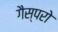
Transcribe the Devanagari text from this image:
गैस्परो